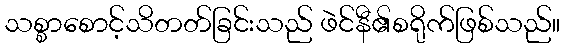
သစ္စာစောင့်သိတတ်ခြင်းသည် ဖဲင်နီ၏စရိုက်ဖြစ်သည်။